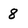
Character: 8